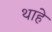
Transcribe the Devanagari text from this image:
थाहे